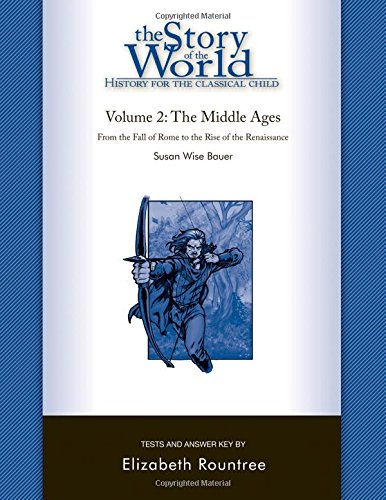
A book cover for The Story of the World: History for the Classical Child: The Middle Ages: Tests and Answer Key (Vol. 2)  (Story of the World); Susan Wise Bauer; Education & Teaching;